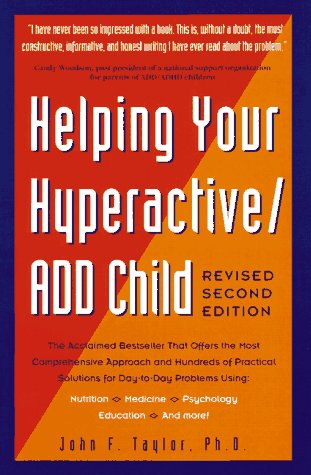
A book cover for Helping Your Hyperactive ADD Child, Revised 2nd Edition; John F. Taylor Ph.D.; Parenting & Relationships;